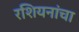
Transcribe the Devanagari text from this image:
रशियनांचा